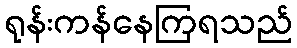
ရုန်းကန်နေကြရသည်